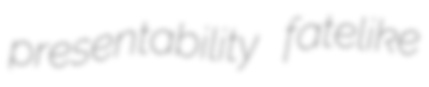
presentability fatelike